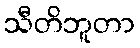
သီတိဘူတာ